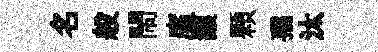
名般閙廑讓顆孺汰